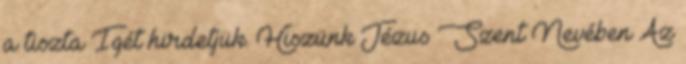
a tiszta Igét hirdetjük. Hiszünk Jézus Szent Nevében Az